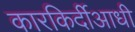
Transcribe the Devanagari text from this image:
कारकिर्दीआधी